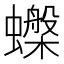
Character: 𧓙